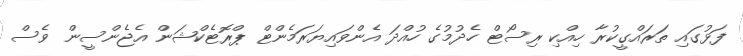
ފަޅުގައި ތަރައްގީކުރާ ހިއްކި ރިސޯޓް ހެދުމުގެ ހުއްދަ އެންވައިޔަރަމެންޓް ޕްރޮޓެކްޝަން އެޖެންސީން ވެސް